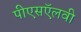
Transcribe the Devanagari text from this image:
पीएसऍलवी